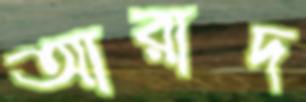
আরাদ